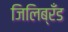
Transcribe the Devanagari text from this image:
जिलिब्रँड